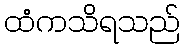
ထံကသိရသည်